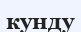
кунду